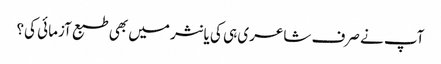
آپ نے صرف شاعری ہی کی یا نثر میں بھی طبع آزمائی کی؟